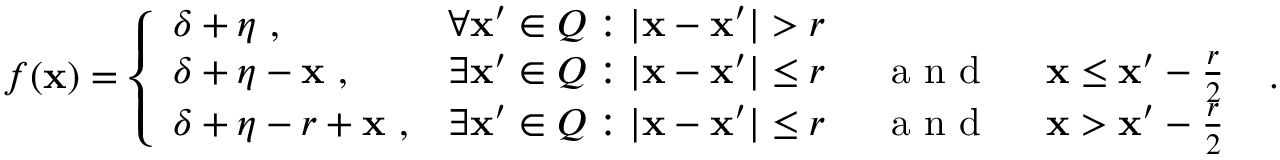
f ( \mathbf x ) = \left\{ \begin{array} { l l } { \delta + \eta ~ , } & { \forall \mathbf x ^ { \prime } \in Q : | \mathbf x - \mathbf x ^ { \prime } | > r } \\ { \delta + \eta - \mathbf x ~ , } & { \exists \mathbf x ^ { \prime } \in Q : | \mathbf x - \mathbf x ^ { \prime } | \leq r \textnormal { ~ ~ a n d ~ ~ } \mathbf x \leq \mathbf x ^ { \prime } - \frac { r } { 2 } } \\ { \delta + \eta - r + \mathbf x ~ , } & { \exists \mathbf x ^ { \prime } \in Q : | \mathbf x - \mathbf x ^ { \prime } | \leq r \textnormal { ~ ~ a n d ~ ~ } \mathbf x > \mathbf x ^ { \prime } - \frac { r } { 2 } } \end{array} \right. ~ .